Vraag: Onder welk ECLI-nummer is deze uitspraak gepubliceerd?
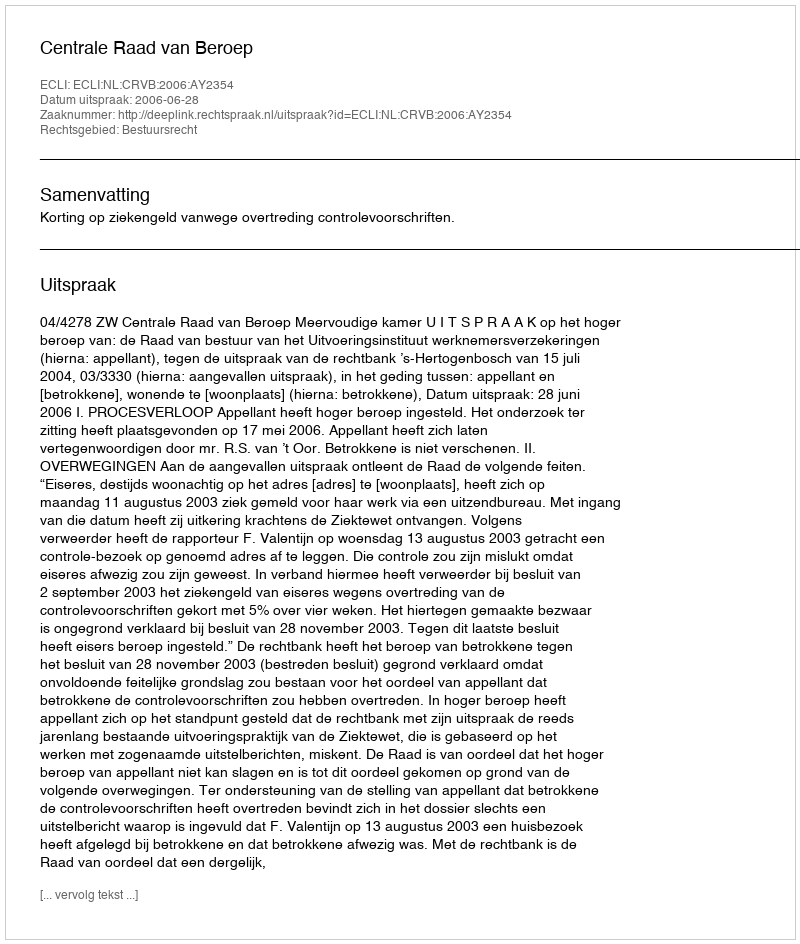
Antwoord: ECLI:NL:CRVB:2006:AY2354